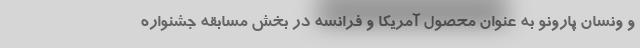
و ونسان‌ پارونو به عنوان محصول آمریکا و فرانسه در بخش مسابقه جشنواره